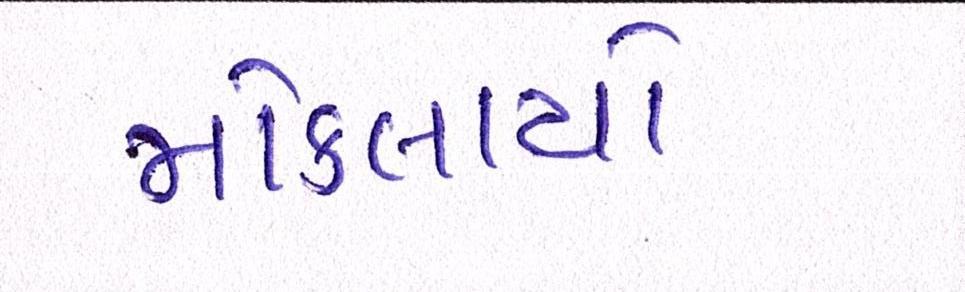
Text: મોકલાયો